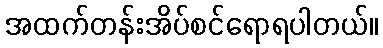
အထက်တန်းအိပ်စင်ရောရပါတယ်။